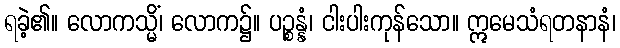
ရခဲ့၏။ လောကသ္မိံ၊ လောက၌။ ပဉ္စန္နံ၊ ငါးပါးကုန်သော။ ဣမေသံရတနာနံ၊